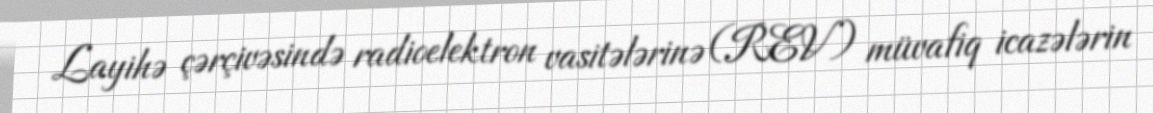
Layihə çərçivəsində radioelektron vasitələrinə (REV) müvafiq icazələrin